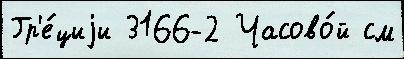
Гр'е́циjи 3166-2 Часово́й см